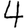
Digit: 4